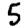
Digit: 5